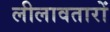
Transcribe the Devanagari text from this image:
लीलावतारों